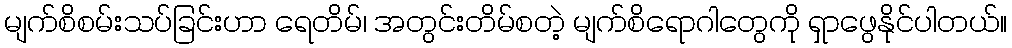
မျက်စိစမ်းသပ်ခြင်းဟာ ရေတိမ်၊ အတွင်းတိမ်စတဲ့ မျက်စိရောဂါတွေကို ရှာဖွေနိုင်ပါတယ်။